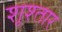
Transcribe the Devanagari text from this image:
शूश्तार